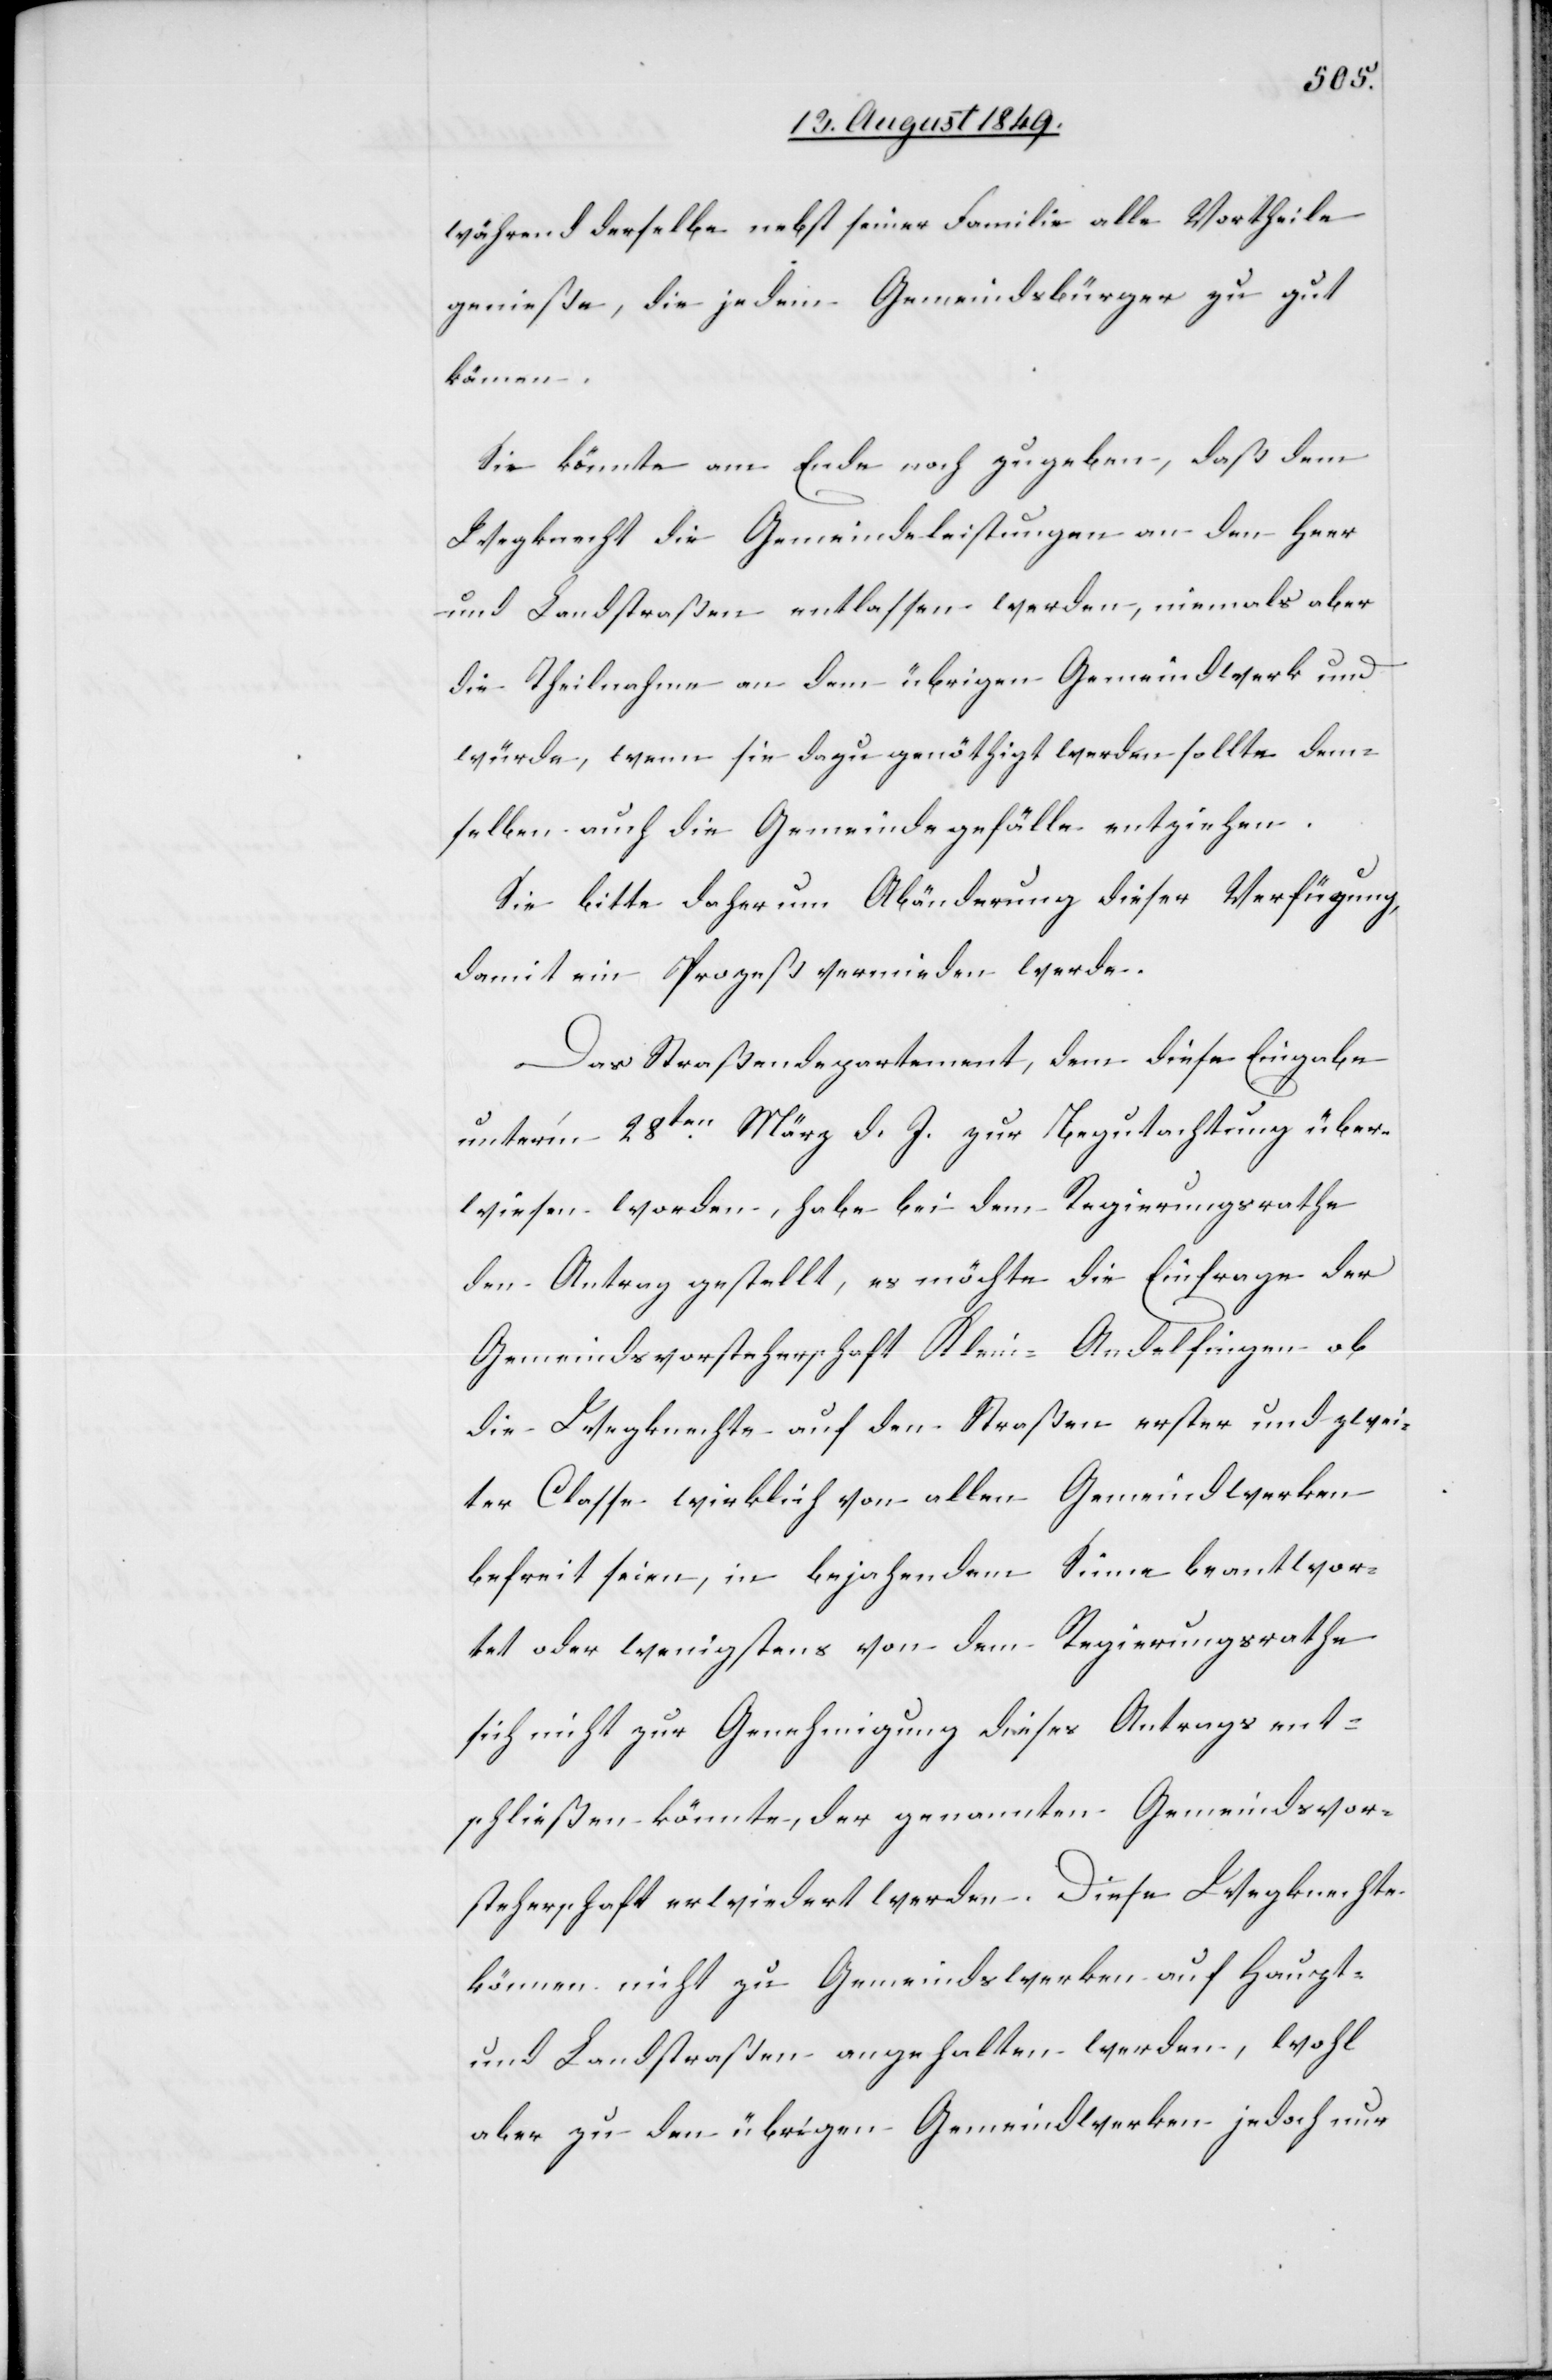
während derselbe nebst seiner Familie alle Vortheile
genieße, die jedem Gemeindsbürger zu gut
kämen.
Sie könnte am Ende noch zugeben, daß dem
Wegknecht die Gemeindeleistungen an den Heer
und Landstraßen entlassen werden, niemals aber
die Theilnahme an dem übrigen Gemeindwerk und
würde, wenn sie dazu genöthigt werden sollte dem¬
selben auch die Gemeindegefälle entziehen.
Sie bitte daher um Abänderung dieser Verfügung,
damit ein Prozeß vermieden werde.
Das Straßendepartement, dem diese Eingabe
unter’m 28ten März d. J. zur Begutachtung über¬
wiesen worden, habe bei dem Regierungsrathe
den Antrag gestellt, es möchte die Einfrage der
Gemeindsvorsteherschaft Klein-Andelfingen ob
die Wegknechte auf den Straßen erster und zwei¬
ter Classe wirklich von allen Gemeindwerken
befreit seien, in bejahendem Sinne beantwor¬
tet oder wenigstens von dem Regierungsrathe
sich nicht zur Genehmigung dieses Antrags ent¬
schließen könnte, der genannten Gemeindsvor¬
steherschaft erwiedert werden. Diese Wegknechte
können nicht zu Gemeindwerken auf Haupt-
und Landstraßen angehalten werden, wohl
aber zu den übrigen Gemeindwerken jedoch nur